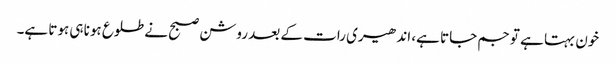
خون بہتا ہے تو جم جاتا ہے، اندھیری رات کے بعد روشن صبح نے طلوع ہونا ہی ہوتا ہے۔